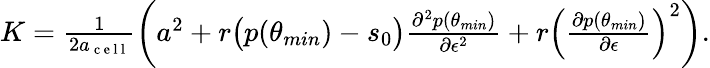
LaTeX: \begin{array}{r}{K=\frac{1}{2a_{\mathrm{~c~e~l~l~}}}\left(a^{2}+r\big(p(\theta_{min})-s_{0}\big)\frac{\partial^{2}p(\theta_{min})}{\partial\epsilon^{2}}+r\left(\frac{\partial p(\theta_{min})}{\partial\epsilon}\right)^{2}\right).}\end{array}